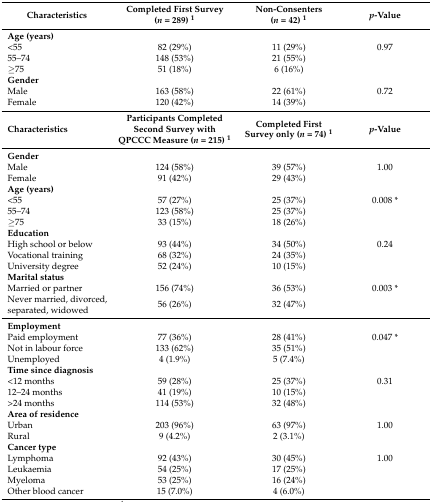
<table><thead><tr><td><b>Characteristics</b></td><td><b>Completed First Survey (<i>n</i> = 289) <sup>1</sup></b></td><td><b>Non-Consenters (<i>n</i> = 42) <sup>1</sup></b></td><td><b><i>p</i>-Value</b></td></tr></thead><tbody><tr><td><b>Age (years)</b></td><td></td><td></td><td></td></tr><tr><td>&lt;55</td><td>82 (29%)</td><td>11 (29%)</td><td>0.97 </td></tr><tr><td>55–74</td><td>148 (53%)</td><td>21 (55%)</td><td></td></tr><tr><td>≥75</td><td>51 (18%)</td><td>6 (16%)</td><td></td></tr><tr><td><b>Gender</b></td><td></td><td></td><td></td></tr><tr><td>Male</td><td>163 (58%)</td><td>22 (61%)</td><td>0.72</td></tr><tr><td>Female</td><td>120 (42%)</td><td>14 (39%)</td><td></td></tr><tr><td><b>Characteristics</b></td><td><b>Participants Completed Second Survey with QPCCC Measure (<i>n</i> = 215) <sup>1</sup></b></td><td><b>Completed First Survey only (<i>n</i> = 74) <sup>1</sup></b></td><td><b><i>p</i></b><b>-Value</b></td></tr><tr><td><b>Gender</b></td><td></td><td></td><td></td></tr><tr><td>Male</td><td>124 (58%)</td><td>39 (57%)</td><td>1.00</td></tr><tr><td>Female</td><td>91 (42%)</td><td>29 (43%)</td><td></td></tr><tr><td><b>Age (years)</b></td><td></td><td></td><td></td></tr><tr><td>&lt;55</td><td>57 (27%)</td><td>25 (37%)</td><td>0.008 *</td></tr><tr><td>55–74</td><td>123 (58%)</td><td>25 (37%)</td><td></td></tr><tr><td>≥75</td><td>33 (15%)</td><td>18 (26%)</td><td></td></tr><tr><td><b>Education</b></td><td></td><td></td><td></td></tr><tr><td>High school or below</td><td>93 (44%)</td><td>34 (50%)</td><td>0.24</td></tr><tr><td>Vocational training</td><td>68 (32%)</td><td>24 (35%)</td><td></td></tr><tr><td>University degree</td><td>52 (24%)</td><td>10 (15%)</td><td></td></tr><tr><td><b>Marital status</b></td><td></td><td></td><td></td></tr><tr><td>Married or partner</td><td>156 (74%)</td><td>36 (53%)</td><td>0.003 *</td></tr><tr><td>Never married, divorced, separated, widowed</td><td>56 (26%)</td><td>32 (47%)</td><td></td></tr><tr><td><b>Employment</b></td><td></td><td></td><td></td></tr><tr><td>Paid employment</td><td>77 (36%)</td><td>28 (41%)</td><td>0.047 *</td></tr><tr><td>Not in labour force</td><td>133 (62%)</td><td>35 (51%)</td><td></td></tr><tr><td>Unemployed</td><td>4 (1.9%)</td><td>5 (7.4%)</td><td></td></tr><tr><td><b>Time since diagnosis</b></td><td></td><td></td><td></td></tr><tr><td>&lt;12 months</td><td>59 (28%)</td><td>25 (37%)</td><td>0.31</td></tr><tr><td>12–24 months</td><td>41 (19%)</td><td>10 (15%)</td><td></td></tr><tr><td>&gt;24 months</td><td>114 (53%)</td><td>32 (48%)</td><td></td></tr><tr><td><b>Area of residence</b></td><td></td><td></td><td></td></tr><tr><td>Urban</td><td>203 (96%)</td><td>63 (97%)</td><td>1.00</td></tr><tr><td>Rural</td><td>9 (4.2%)</td><td>2 (3.1%)</td><td></td></tr><tr><td><b>Cancer type</b></td><td></td><td></td><td></td></tr><tr><td>Lymphoma</td><td>92 (43%)</td><td>30 (45%)</td><td>1.00</td></tr><tr><td>Leukaemia</td><td>54 (25%)</td><td>17 (25%)</td><td></td></tr><tr><td>Myeloma</td><td>53 (25%)</td><td>16 (24%)</td><td></td></tr><tr><td>Other blood cancer</td><td>15 (7.0%)</td><td>4 (6.0%)</td><td></td></tr></tbody></table>